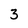
Character: 3